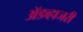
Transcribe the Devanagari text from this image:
ॲडव्हाजरी